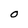
Character: O